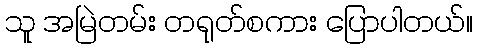
သူ အမြဲတမ်း တရုတ်စကား ပြောပါတယ်။